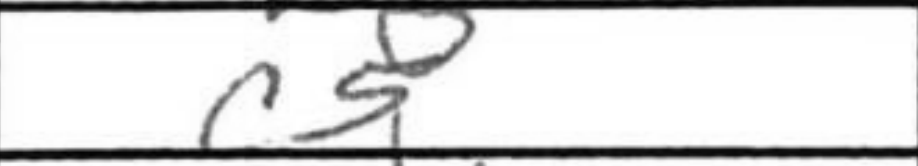
Transcription: c5